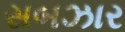
સબઝાર